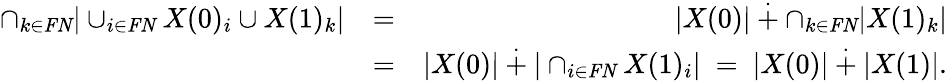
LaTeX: \begin{array}{rlr}{\cap_{k\in\mathit{FN}}|\cup_{i\in\mathit{FN}}X(0)_{i}\cup X(1)_{k}|}&{=}&{|X(0)|\overset{\cdot}{+}\cap_{k\in\mathit{FN}}|X(1)_{k}|}\\ &{=}&{|X(0)|\overset{\cdot}{+}|\cap_{i\in\mathit{FN}}X(1)_{i}|\ =\ |X(0)|\overset{\cdot}{+}|X(1)|.}\end{array}